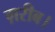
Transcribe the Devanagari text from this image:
ग़रीब।